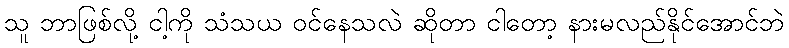
သူ ဘာဖြစ်လို့ ငါ့ကို သံသယ ဝင်နေသလဲ ဆိုတာ ငါတော့ နားမလည်နိုင်အောင်ဘဲ